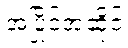
အပြိုင်အဆိုင်